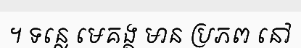
។ ទន្លេ មេគង្គ មាន ប្រភព នៅ